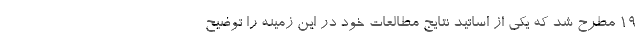
۱۹ مطرح شد که یکی از اساتید نتایج مطالعات خود در این زمینه را توضیح